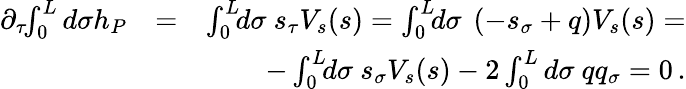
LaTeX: \begin{array}{rlr}{\partial_{\tau}\! \! \int_{0}^{L}d\sigma h_{P}}&{=}&{\int_{0}^{L}\! \! d\sigma~s_{\tau}V_{s}(s)=\int_{0}^{L}\! \! d\sigma~\left(-s_{\sigma}+q\right)V_{s}(s)=}\\ &{}&{-\int_{0}^{L}\! \! d\sigma~s_{\sigma}V_{s}(s)-2\int_{0}^{L}d\sigma~qq_{\sigma}=0\, .}\end{array}